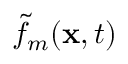
\tilde { f } _ { m } ( \ensuremath { \mathbf { x } } , t )